Report of the King Institute of Preventive Medicine, Guindy
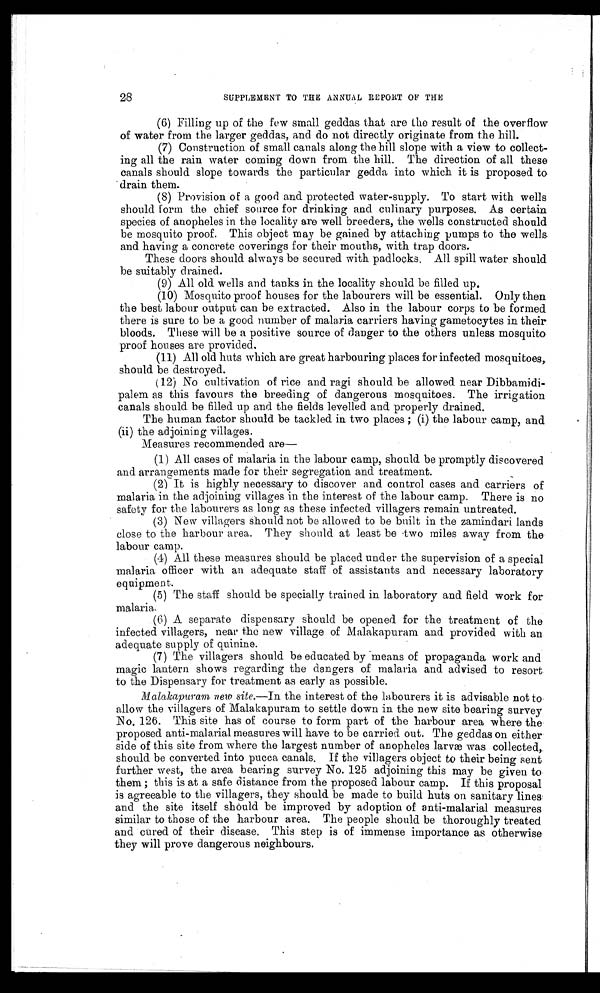
28
SUPPLEMENT TO THE ANNUAL REPORT OF THE
(6) Filling up of the few small geddas that are the result of the overflow
of water from the larger geddas, and do not directly originate from the hill.
(7)) Construction of small canals along the hill slope with a view to collect
- i n g a l l t h e r a i n w a t e r c o m i n g d o w n f r o m t h e h i l l . T h e d i r e c t i o n o f a l l t h e s e
canals should slope towards the particular gedda into which it is proposed to
drain them.
(8) Provision of a good and protected water-supply. To start with wells
should form the chief source for drinking and culinary purposes. As certain
species of anopheles in the locality are well breeders, the wells constructed should
be mosquito proof. This object may be gained by attaching pumps to the wells.
and having a concrete coverings for their mouths, with trap doors.
These doors should always be secured with padlocks. All spill water should
be suitably drained.
( 9 ) A l l o l d w e l l s a n d t a n k s i n t h e l o c a l i t y s h o u l d b e f i l l e d u p .
(10) Mosquito proof houses for the labourers will be essential. Only then
the best labour output can be extracted. Also in the labour corps to be formed
there is sure to be a good number of malaria carriers having gametocytes in their
bloods. These will be a positive source of danger to the others unless mosquito
proof houses are provided.
(11) All old huts which are great harbouring places for infected mosquitoes,.
should be destroyed.
(12) No cultivation of rice and ragi should be allowed near Dibbamidi-
palem as this favours the breeding of dangerous mosquitoes. The irrigation
canals should be filled up and the fields levelled and properly drained.
The human factor should be tackled in two places ; (i) the labour camp, and
(ii) the adjoining villages.
Measures recommended are—
(1) All cases of malaria in the labour camp, should be promptly discovered
and arrangements made for their segregation and treatment.
(2) It is highly necessary to discover and control cases and carriers of
malaria in. the adjoining villages in the interest of the labour camp. There is no
safety for the labourers as long as these infected villagers remain untreated.
(3) New villagers should not be allowed to be built in the zamindari lands
close to the harbour area. They should at least be two miles away from the
labour camp.
(4) All these measures should be placed under the supervision of a special
malaria officer with an adequate staff of assistants and necessary laboratory
equipment.
(5) The staff should be specially trained in laboratory and field work for
malaria.
(6) A separate dispensary should be opened for the treatment of the
infected villagers, near the new village of Malakapuram and provided with an.
adequate supply of quinine.
(7) The villagers should be educated by means of propaganda work and
magic lantern shows regarding the dangers of malaria and advised to resort
to the Dispensary for treatment as early as possible.
Malakapuram new site.— In the interest of the labourers it is advisable not to
allow the villagers of Malakapuram to settle down in the new site bearing survey
No. 126. This site has of course to form part of the harbour area where the
proposed anti-malarial measures will have to be carried. out. The geddas on either
side of this site from where the largest number of anopheles larvæ was collected,
should be converted into pucca canals. If the villagers object to their being sent
further west, the area bearing survey No. 125 adjoining this may be given to
them ; this is at a safe distance from the proposed labour camp. If this proposal
is agreeable to the villagers, they should be made to build huts on sanitary lines
and the site itself should be improved by adoption of anti-malarial measures
similar to those of the harbour area. The people should be thoroughly treated
and cured of their disease. This step is of immense importance as otherwise
they will prove dangerous neighbours.